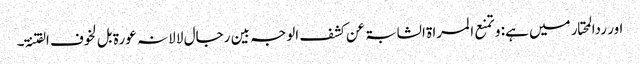
اور ردالمحتار میں ہے: و تمنع ا لمراۃ الشابۃ عن کشف الوجہ بین رجال لا لانہ عورۃ بل لخوف الفتنۃ۔